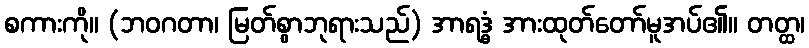
စကားကို။ (ဘဝဂတာ၊ မြတ်စွာဘုရားသည်) အာရဒ္ဓံ အားထုတ်တော်မူအပ်၏။ တတ္ထ၊